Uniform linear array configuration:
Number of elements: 16
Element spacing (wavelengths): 0.75
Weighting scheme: binomial
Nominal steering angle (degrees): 45
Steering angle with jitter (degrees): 44.644
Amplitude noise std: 0.05
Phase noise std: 0.05

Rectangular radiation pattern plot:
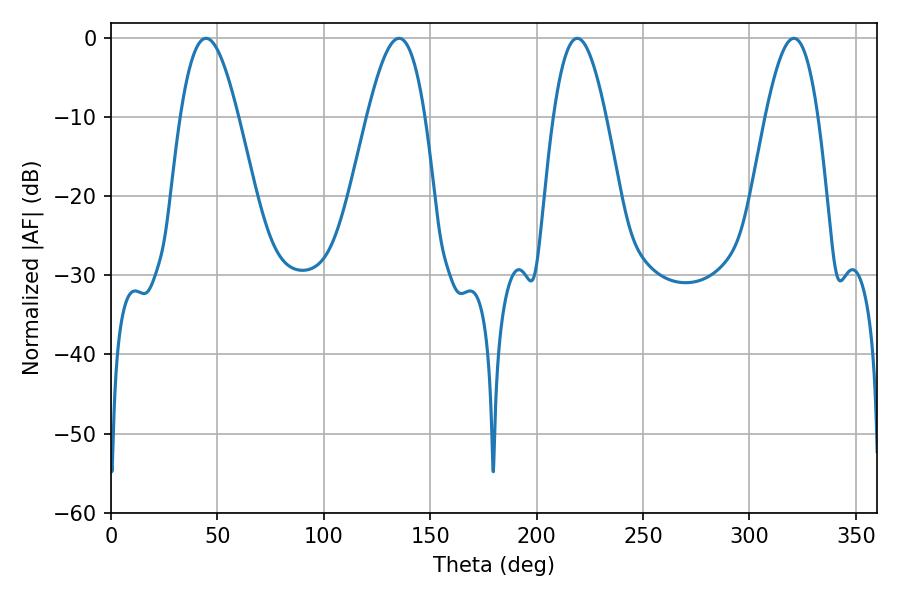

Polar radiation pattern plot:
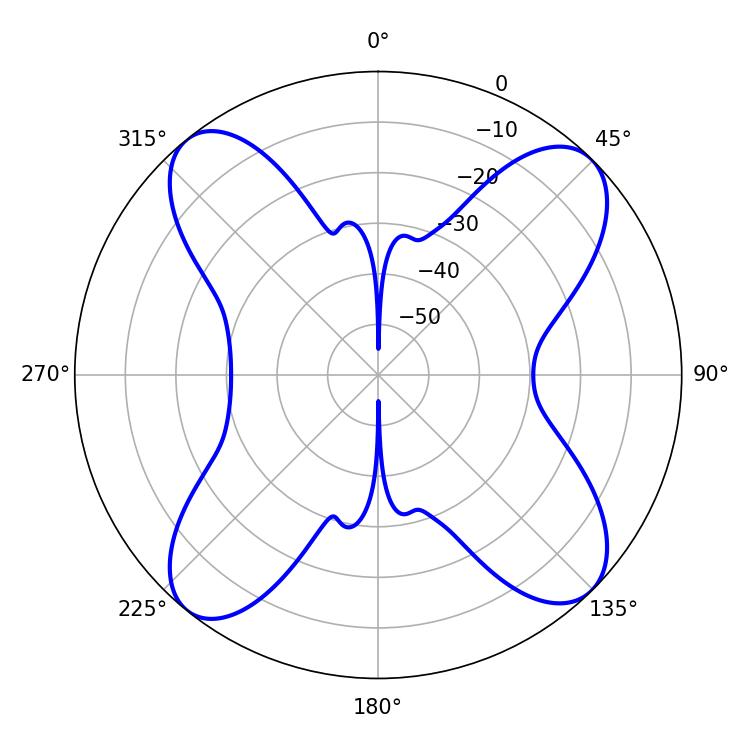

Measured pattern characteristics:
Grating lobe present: TRUE
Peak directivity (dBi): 14.351
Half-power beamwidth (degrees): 14.58
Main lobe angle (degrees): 44.64